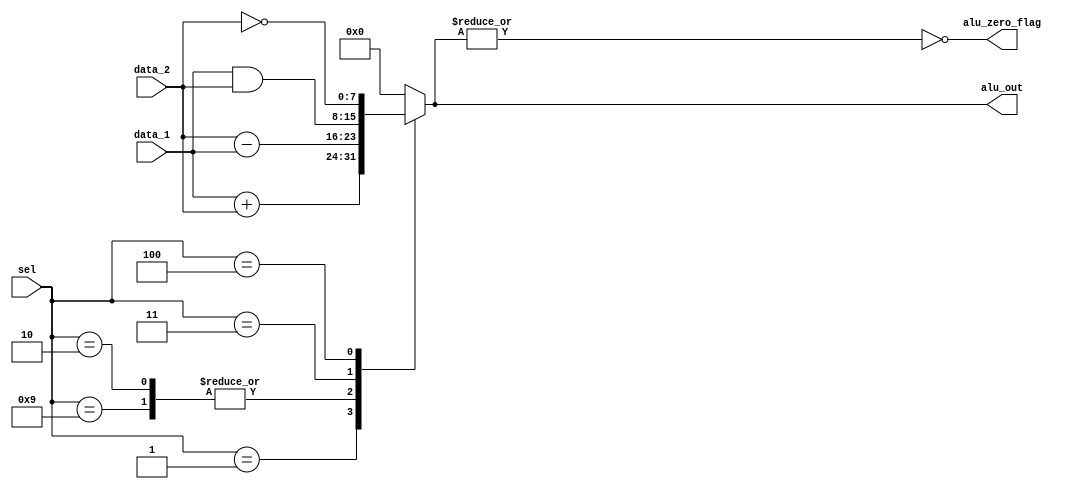
// This program was cloned from: https://github.com/the-pinbo/RISC-SPM
// License: MIT License

/*ALU
Instruction         Action
ADD         Adds the datapaths to form data_1 + data_2.
SUB			Subtracts the datapaths to form data_1 - data_2.
AND			Takes the bitwise-and of the datapaths, data_1 & data_2.
NOT			Takes the bitwise Boolean complement of data_1.
*/
//!< Note: the carries are ignored in this model.

module Alu_RISC #(
    parameter word_size = 8,
    op_size = 4,
    // Opcodes
    NOP 	= 4'b0000,
    ADD 	= 4'b0001,
    SUB 	= 4'b0010,
    AND 	= 4'b0011,
    NOT 	= 4'b0100,
    RD  	= 4'b0101,
    WR		= 4'b0110,
    BR		= 4'b0111,
    BRZ 	= 4'b1000,
    EQZ     = 4'b1001,
    LDR     = 4'b1010
) (
    output alu_zero_flag,
    output reg[word_size-1: 0] alu_out,
    // data_1 := Reg_Y, data_2 := Bus_1
    input[word_size-1: 0] data_1, data_2,
    input[op_size-1: 0] sel
);
    assign  alu_zero_flag = ~|alu_out;
    always @ (sel or data_1 or data_2)  
        case  (sel)
            NOP:	    alu_out = 0;
            ADD:	    alu_out = data_1 + data_2;  // Reg_Y + Bus_1
            SUB, EQZ:	alu_out = data_2 - data_1;
            AND:	    alu_out = data_1 & data_2;
            NOT:	    alu_out = ~ data_2;	 // Gets data from Bus_1
            
        default: 	alu_out = 0;
        endcase 
endmodule